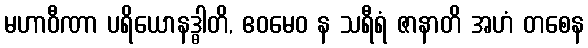
မဟာဝီဏာ ပရိယောနဒ္ဓါတိ, ဧဝမေဝ န သရီရံ ဇာနာတိ အဟံ တစေန